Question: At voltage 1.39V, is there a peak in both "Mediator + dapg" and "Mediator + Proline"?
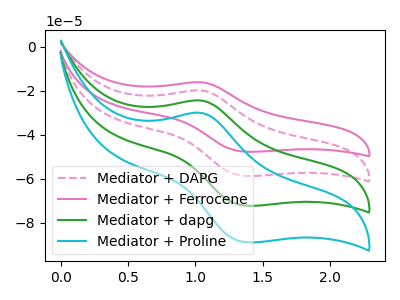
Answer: <think>The pink dashed curve "Mediator + DAPG" has an anodic peak at (1.05V, -19.85uA) and a cathodic peak at (1.40V, -58.75uA). The pink curve "Mediator + Ferrocene" has an anodic peak at (1.05V, -16.10uA) and a cathodic peak at (1.40V, -47.70uA). The green curve "Mediator + dapg" has an anodic peak at (1.05V, -39.70uA) and a cathodic peak at (1.40V, -117.45uA). The cyan curve "Mediator + Proline" has an anodic peak at (1.05V, -59.50uA) and a cathodic peak at (1.40V, -176.20uA).</think>
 <answer>Yes, "Mediator + dapg" and "Mediator + Proline" share a peak at 1.39V.</answer>
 <eval>match</eval>